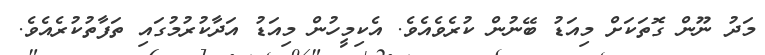
މަދު ނޫން ގޮތަކަށް މިއަޑު ބޭނުން ކުރެވެއެވެ. އެކިމީހުން މިއަޑު އަދާކުރުމުގައި ތަފާތުކުރެއެވެ.